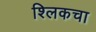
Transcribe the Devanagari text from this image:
श्लिकचा